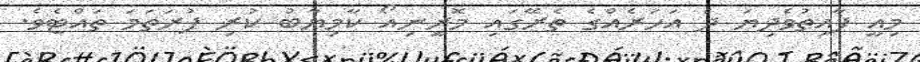
މިއީ ފާއިތުވެދިޔަ ދެ އަހަރެއްގެ ތެރޭގައި މޮރީނިއޯ ކާމިޔާބު ކުރި ފުރަތަމަ ތައްޓެވެ.